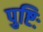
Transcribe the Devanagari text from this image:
पुष्टिः